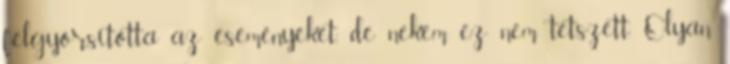
felgyorsította az eseményeket, de nekem ez nem tetszett. Olyan